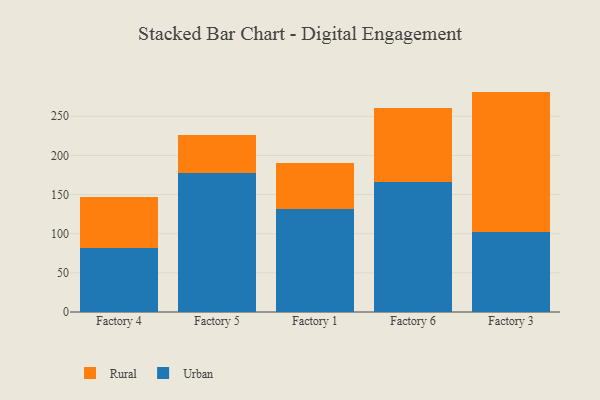
{"axis": {"x": "Factory", "y": "Shipments"}, "legend": ["Rural", "Urban"], "data": [{"x": "Factory 4", "y": 81.6, "type": "Urban"}, {"x": "Factory 4", "y": 65.4, "type": "Rural"}, {"x": "Factory 5", "y": 177.8, "type": "Urban"}, {"x": "Factory 5", "y": 48.8, "type": "Rural"}, {"x": "Factory 1", "y": 131.3, "type": "Urban"}, {"x": "Factory 1", "y": 58.7, "type": "Rural"}, {"x": "Factory 6", "y": 166.4, "type": "Urban"}, {"x": "Factory 6", "y": 94.6, "type": "Rural"}, {"x": "Factory 3", "y": 102.1, "type": "Urban"}, {"x": "Factory 3", "y": 179.4, "type": "Rural"}]}